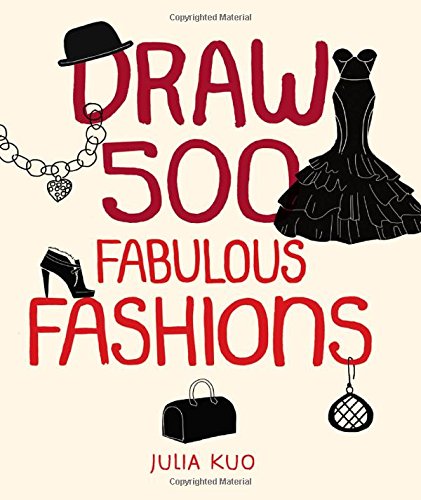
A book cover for Draw 500 Fabulous Fashions: A Sketchbook for Artists, Designers, and Doodlers; Julia Kuo; Arts & Photography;